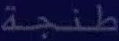
طنجة